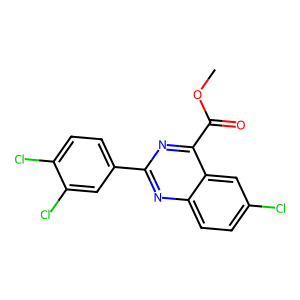
SMILES: COC(=O)c1nc(-c2ccc(Cl)c(Cl)c2)nc2ccc(Cl)cc12
Inhibits HIV replication: No